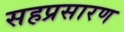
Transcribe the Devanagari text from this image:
सहप्रसारण